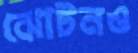
ঝোটনও